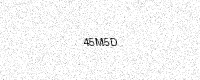
Text: 45M5D